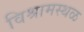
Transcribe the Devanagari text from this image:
विश्रामस्थळ